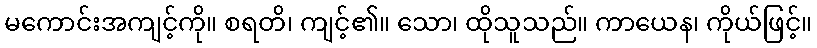
မကောင်းအကျင့်ကို။ စရတိ၊ ကျင့်၏။ သော၊ ထိုသူသည်။ ကာယေန၊ ကိုယ်ဖြင့်။